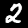
Digit: 2